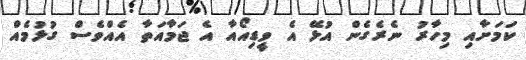
ކަމަށާއި މިހާރު ނެރެގެން އުޅޭ އެ ވީޑިއޯއާ އެ ޖަމާއަތާ އެއްވެސް ގުޅުމެއް